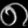
Digit: ၈